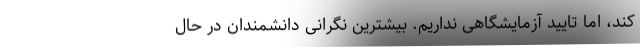
کند، اما تایید آزمایشگاهی نداریم. بیشترین نگرانی دانشمندان در حال